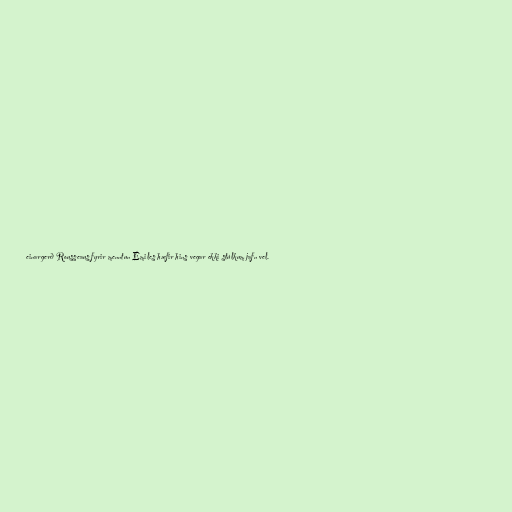
einargerð Rousseaus fyrir menntun Émiles hæfir hins vegar ekki stúlkum jafn vel.